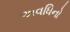
અવધિનો